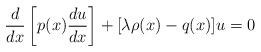
LaTeX: \begin{align*}\frac{d}{dx}\left[p(x) \frac{du}{dx}\right] + [\lambda\rho(x) -q(x)]u=0\end{align*}